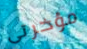
مؤخرتى